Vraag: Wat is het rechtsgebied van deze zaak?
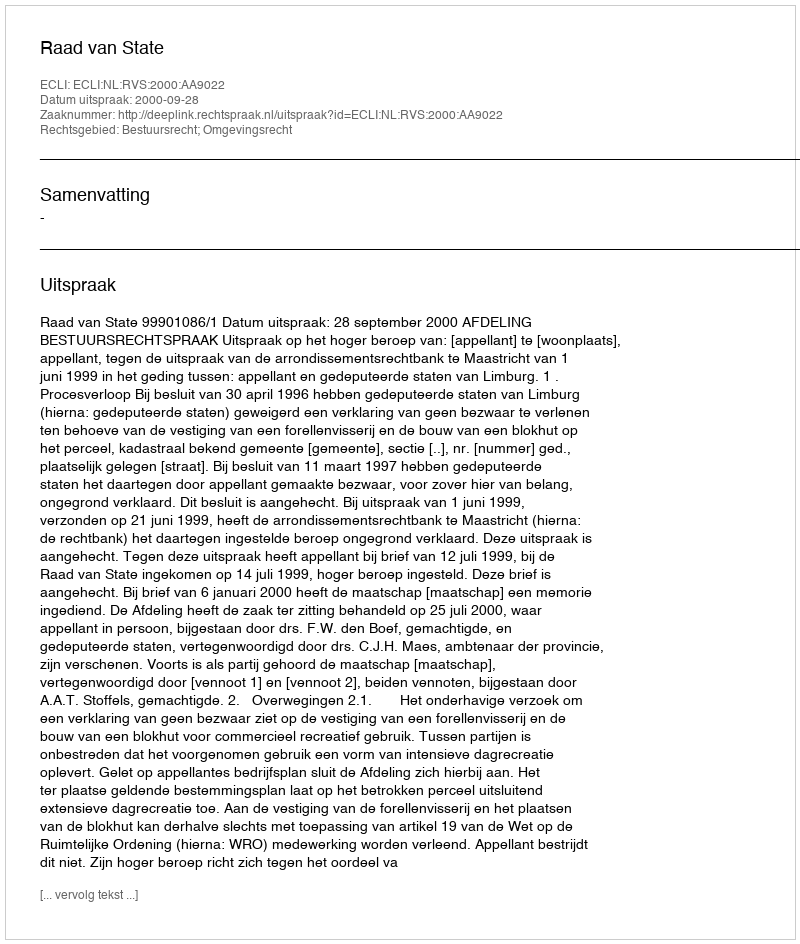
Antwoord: Bestuursrecht; Omgevingsrecht